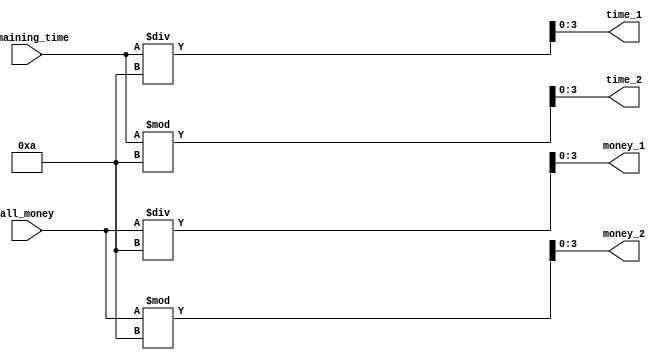
// Amount Translator
// Function: Convert the amount of money and time inside the controller into a form that the digital tube can output.
// State: Finished

module AmountTranslator(
    input [4:0] all_money,
    input [5:0] remaining_time,
    output reg[3:0] money_1,
    output reg[3:0] money_2,
    output reg[3:0] time_1,
    output reg[3:0] time_2
    );
    
    always @ * begin
        money_1 = all_money / 10;
        money_2 = all_money % 10;
	time_1 = remaining_time / 10;
        time_2 = remaining_time % 10;
    end

endmodule